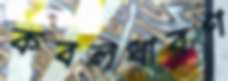
কবলধারণ